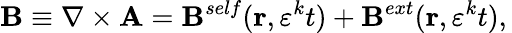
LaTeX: \left.\mathbf{B}\equiv\nabla\times\mathbf{A}=\mathbf{B}^{self}(\mathbf{r},\varepsilon^{k}t)+\mathbf{B}^{ext}(\mathbf{r},\varepsilon^{k}t),\right.